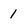
Character: 1